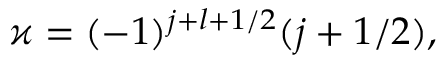
\varkappa = ( - 1 ) ^ { j + l + 1 / 2 } ( j + 1 / 2 ) ,